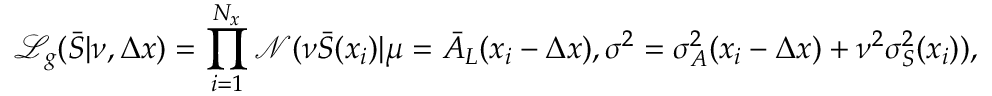
\mathcal { L } _ { g } ( \bar { S } | \nu , \Delta x ) = \prod _ { i = 1 } ^ { N _ { x } } \mathcal { N } ( \nu \bar { S } ( x _ { i } ) | \mu = \bar { A } _ { L } ( x _ { i } - \Delta x ) , \sigma ^ { 2 } = \sigma _ { A } ^ { 2 } ( x _ { i } - \Delta x ) + \nu ^ { 2 } \sigma _ { S } ^ { 2 } ( x _ { i } ) ) ,